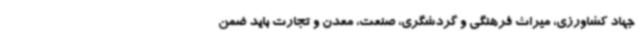
جهاد کشاورزی، میراث فرهنگی و گردشگری، صنعت، معدن و تجارت باید ضمن